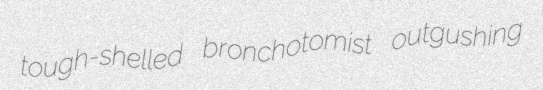
tough-shelled bronchotomist outgushing